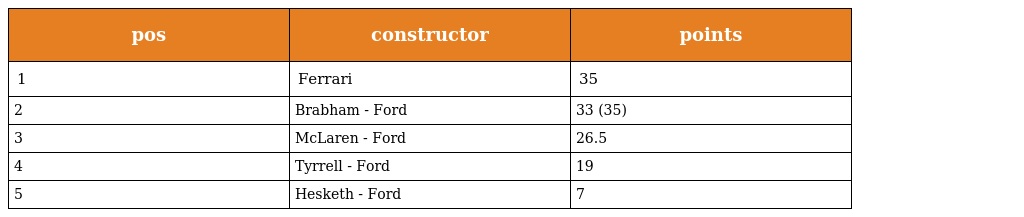
| pos | constructor | points |
 | --- | --- | --- |
 | 1 | Ferrari | 35 |
 | 2 | Brabham - Ford | 33 (35) |
 | 3 | McLaren - Ford | 26.5 |
 | 4 | Tyrrell - Ford | 19 |
 | 5 | Hesketh - Ford | 7 |